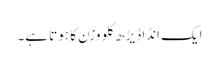
ایک انڈا ڈیڑھ کلو وزن کا ہوتا ہے۔